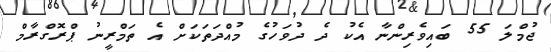
ޖުމްލަ 55 ބައިވެރިންނާ އެކު ދެ ދުވަހުގެ މުއްދަތަކަށް އެ ތަމްރީނު ޕްރޮގްރާމް